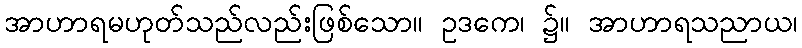
အာဟာရမဟုတ်သည်လည်းဖြစ်သော။ ဥဒကေ၊ ၌။ အာဟာရသညာယ၊